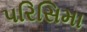
પરિસિમા